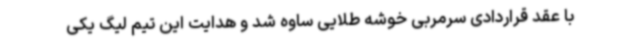
با عقد قراردادی سرمربی خوشه طلایی ساوه شد و هدایت این تیم لیگ یکی